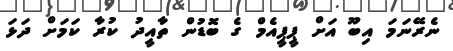
ނެެރޭނަމަ އިބޫ އަށް ޕީޕީއެމް ގެ ބޮޑުން ތާއީދު ކުރާ ކަމަށް ދަޅަ